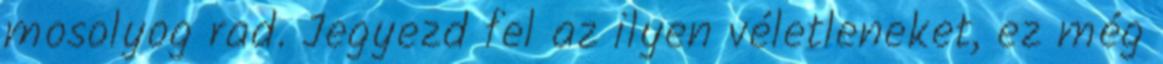
mosolyog rad. Jegyezd fel az ilyen véletleneket, ez még